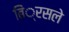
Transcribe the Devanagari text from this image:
बिं्रसले